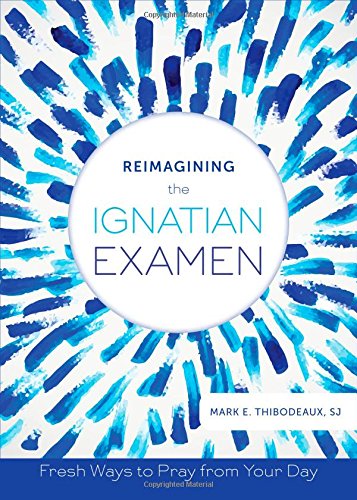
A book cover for Reimagining the Ignatian Examen: Fresh Ways to Pray from Your Day; Mark E. Thibodeaux SJ; Christian Books & Bibles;